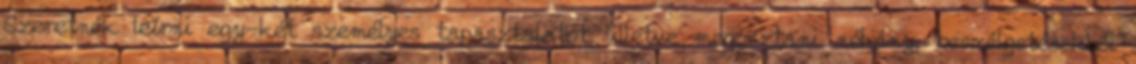
Szeretnék leírni egy-két személyes tapasztalatot, illetve megosztani néhány, beszélgetésekből